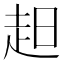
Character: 𧺝